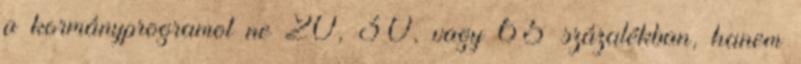
a kormányprogramot ne 20, 30, vagy 65 százalékban, hanem